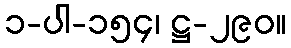
၁-ပါ-၁၅၄၊ ဋ္ဌ-၂၉၀။